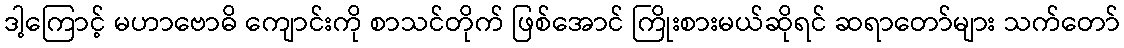
ဒါ့ကြောင့် မဟာဗောဓိ ကျောင်းကို စာသင်တိုက် ဖြစ်အောင် ကြိုးစားမယ်ဆိုရင် ဆရာတော်များ သက်တော်